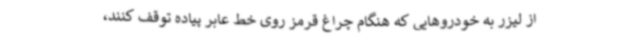
از لیزر به خودروهایی که هنگام چراغ قرمز روی خط عابر پیاده توقف کنند،